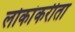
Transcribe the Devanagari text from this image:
लोकांकरीता